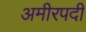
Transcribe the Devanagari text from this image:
अमीरपदी